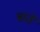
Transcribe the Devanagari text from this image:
बस्‍तें